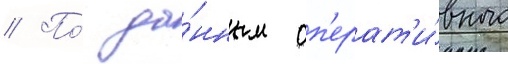
// По́ да́нным оп'ерат'и́вного